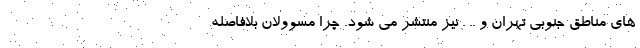
های مناطق جنوبی تهران و .. . نیز منتشر می شود. چرا مسوولان بلافاصله